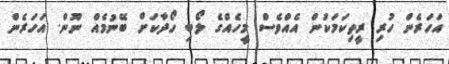
އަހަރެން ހުރި ރީތިކަމަކުން އެއްވެސް މީހެއްގެ ލޯބި ހޯދާކަށް ބޭނުމެއް ނޫން. އަހަރެން